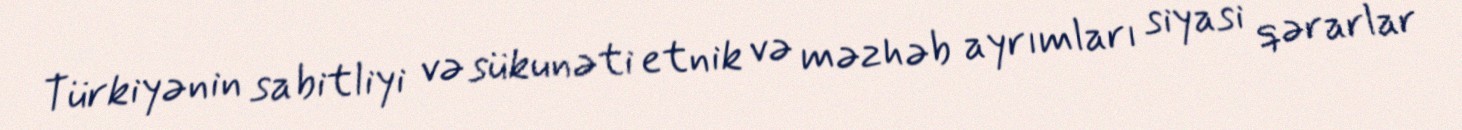
Türkiyənin sabitliyi və sükunəti etnik və məzhəb ayrımları siyasi qərarlar